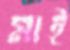
মাই